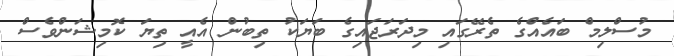
މުސްލިމް ބައެއްގެ ތެރޭގައި މިދަރަޖައިގެ ބަޔަކު ތިބުން އެއީ ތިޔަ ކޮމިޝަންވެސް